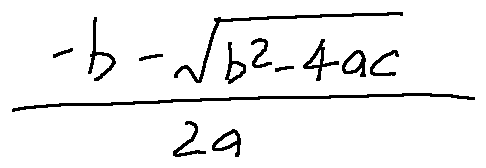
\frac { - b - \sqrt { b ^ { 2 } - 4 a c } } { 2 a }